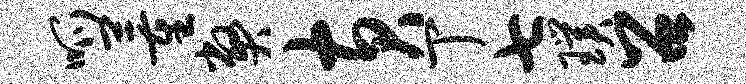
呱董弊黄丁七璞召